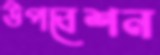
উপবেশন